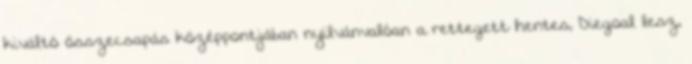
kiváltó összecsapás középpontjában nyilvánvalóan a rettegett hentes, Diegoal lesz,